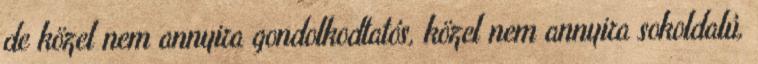
de közel nem annyira gondolkodtatós, közel nem annyira sokoldalú,